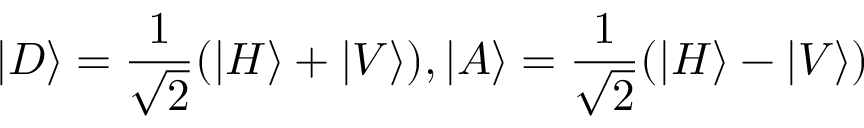
| D \rangle = \frac { 1 } { \sqrt { 2 } } ( | H \rangle + | V \rangle ) , | A \rangle = \frac { 1 } { \sqrt { 2 } } ( | H \rangle - | V \rangle )